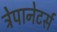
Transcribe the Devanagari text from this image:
ट्रेपानेटर्स